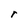
Character: r